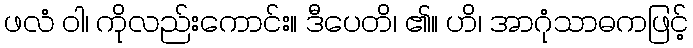
ဖလံ ဝါ၊ ကိုလည်းကောင်း။ ဒီပေတိ၊ ၏။ ဟိ၊ အာဂုံသာဓကဖြင့်